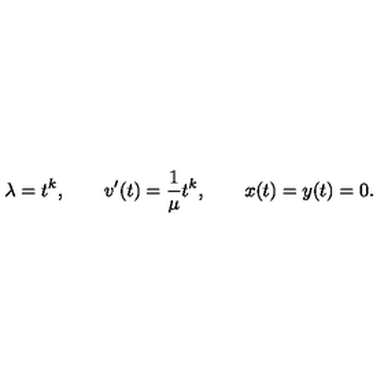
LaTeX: \lambda = t ^ { k } , \qquad v ^ { \prime } ( t ) = { \frac { 1 } { \mu } } t ^ { k } , \qquad x ( t ) = y ( t ) = 0 .